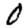
Digit: 0